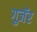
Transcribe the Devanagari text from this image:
गुजॅर